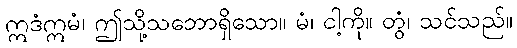
ဣဒံဣမံ၊ ဤသို့သဘောရှိသော။ မံ၊ ငါ့ကို။ တွံ၊ သင်သည်။